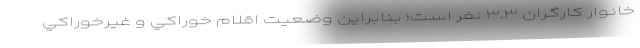
خانوار كارگران ۳.۳ نفر است؛ بنابراين وضعيت اقلام خوراكي و غيرخوراكي